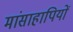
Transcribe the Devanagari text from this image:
मांसाहापियों